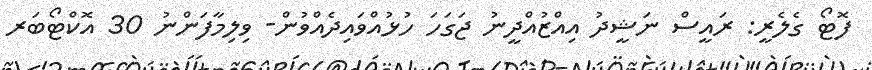
ފޮޓޯ ގެލެރީ: ރައީސް ނަޝީދު އިއްޒުއްދީނު ޖަގަހަ ހުޅުއްވައިދެއްވުން- ވިލިމާފަންނު 30 އޮކްޓޯބަރ